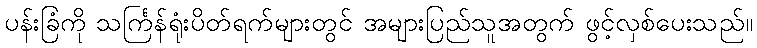
ပန်းခြံကို သင်္ကြန်ရုံးပိတ်ရက်များတွင် အများပြည်သူအတွက် ဖွင့်လှစ်ပေးသည်။